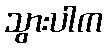
သွားပါက